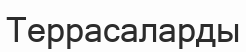
Террасаларды